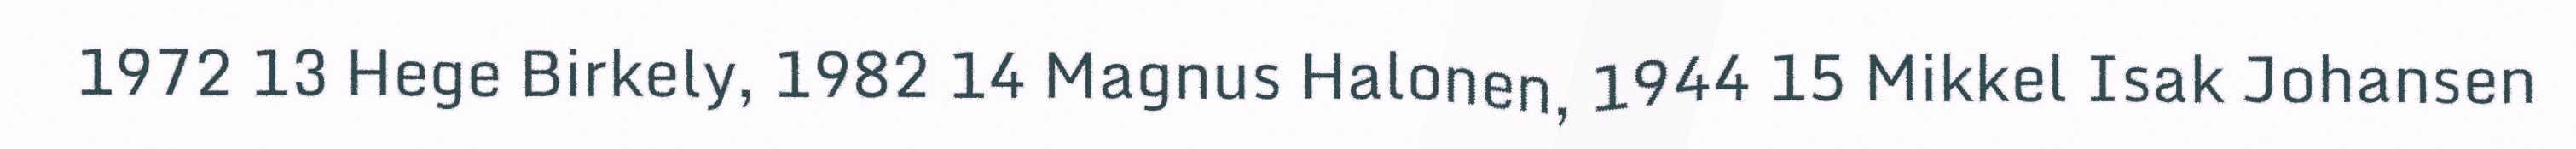
1972 13 Hege Birkely, 1982 14 Magnus Halonen, 1944 15 Mikkel Isak Johansen